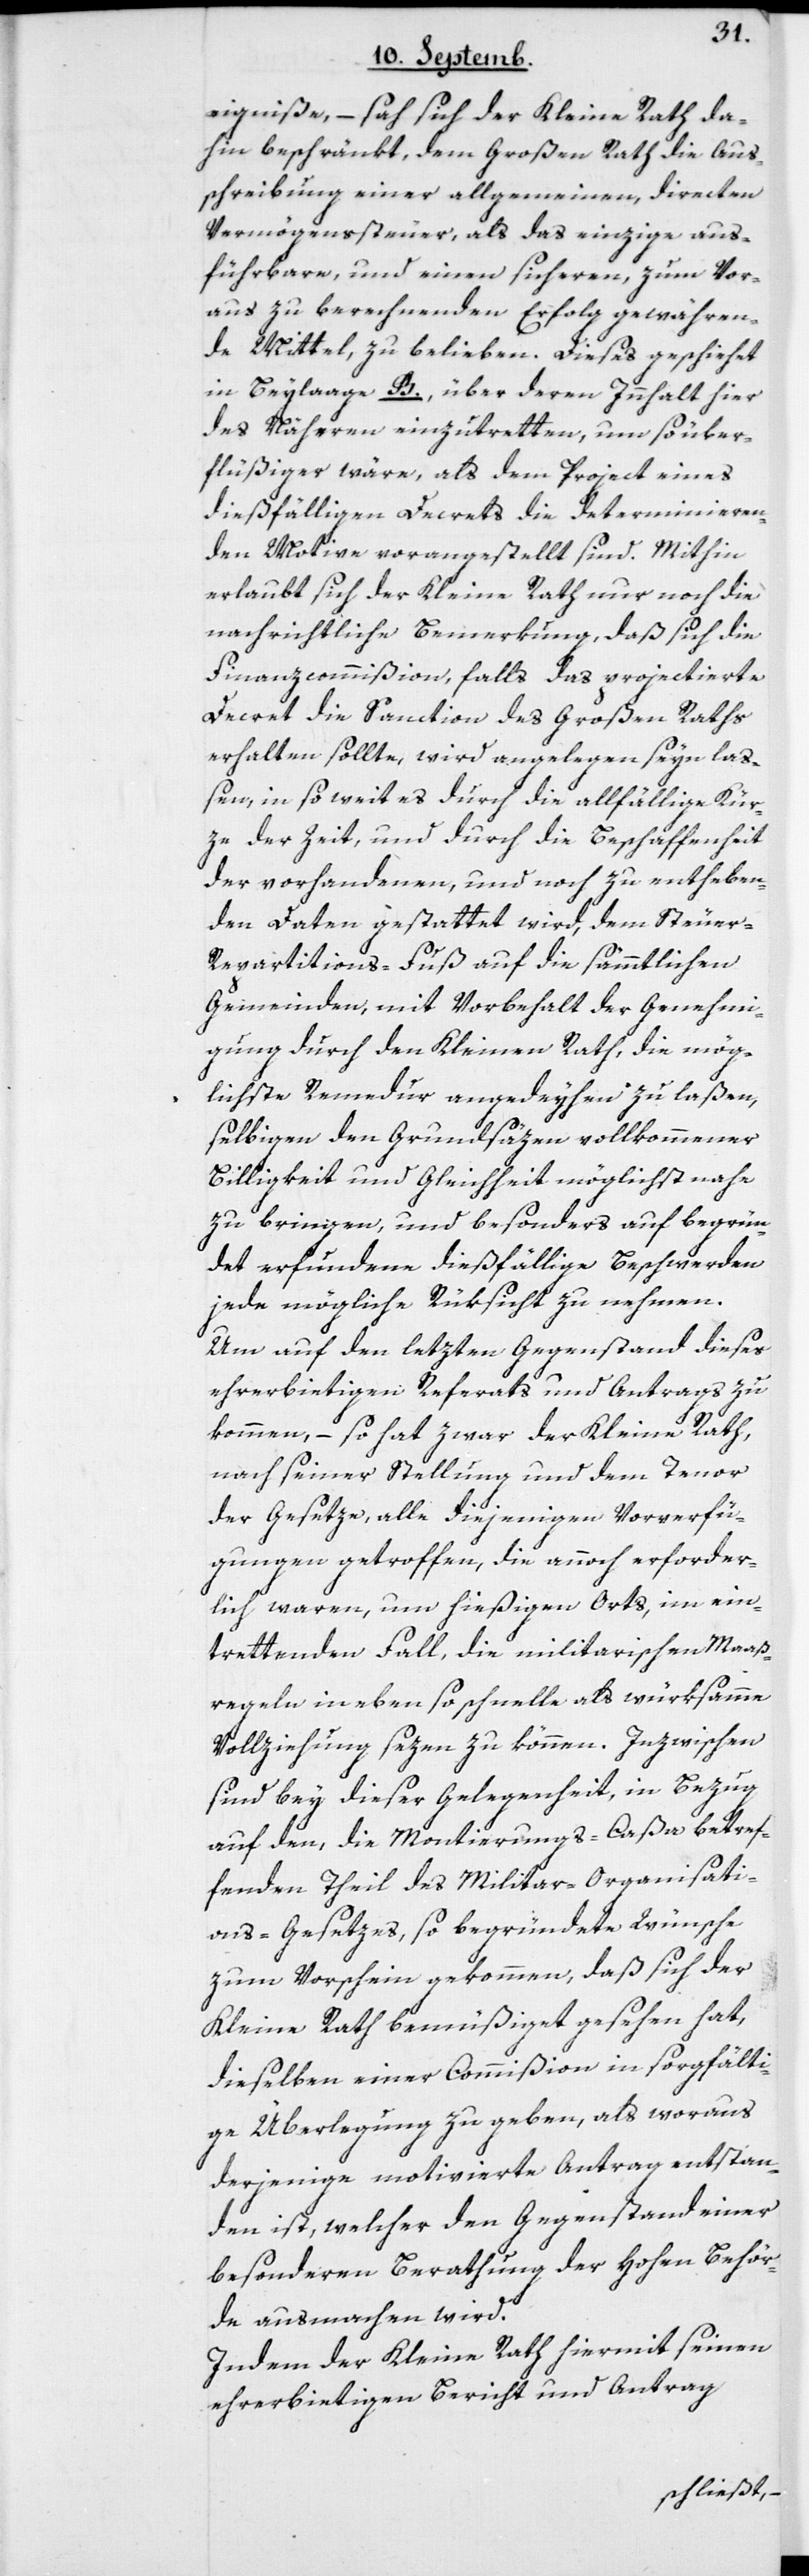
eigniße, – sah sich der Kleine Rath da¬
hin beschränkt, dem Großen Rath die Aus¬
schreibung einer allgemeinen, directen
Vermögenssteuer, als das einzige aus¬
führbare, und einen sicheren, zum Vor¬
aus zu berechnenden Erfolg gewähren¬
de Mittel, zu belieben. Dieses geschieht
in Beylage B., über deren Innhalt hier
des näheren einzutretten, umso über¬
flüßiger wäre, als dem Project eines
dießfälligen Decrets die determinieren¬
den Motive vorangestellt sind. Mithin
erlaubt sich der Kleine Rath nur noch die
nachrichtliche Bemerkung, daß sich die
Finanzcommißion, falls das projectierte
Decret die Sanction des Großen Raths
erhalten sollte, wird angelegen seyn laß¬
en, in so weit es durch die allfällige Kür¬
ze der Zeit, und durch die Beschaffenheit
der vorhandenen und noch zu entheben¬
den Daten gestattet wird, dem Steuer-R¬
epartitions-Fuß auf die sämmtlichen
Gemeinden, mit Vorbehalt der Genehmi¬
gung durch den Kleinen Rath, die mög¬
lichste Remedur angedeyhen zu laßen,
selbigen den Grundsätzen vollkommener
Billigkeit und Gleicheit möglichst nahe
zu bringen, und besonders auf begrün¬
det erfundene dießfällige Beschwerden
jede mögliche Rüksicht zu nehmen.
Um auf den letzten Gegenstand dieses
ehrerbietigen Referats und Antrags zu
kommen, – so hat zwar der Kleine Rath,
nach seiner Stellung und dem Tenor
der Gesetze, alle diejenigen Vorverfü¬
gungen getroffen, die annoch erforder¬
lich waren, um hießigen Orts, im ein¬
trettenden Fall, die militarischen Maaß¬
regeln in eben so schnelle als würksamme
Vollziehung sezen zu können. Inzwischen
sind bey dieser Gelegenheit, in Bezug
auf den, die Montierungs-Caßa betref¬
fenden Theil des Militar-Organisati¬
ons-Gesetzes, so begründete Wünsche
zum Vorschein gekommen, daß sich der
Kleine Rath bemüßiget gesehen hat,
dieselben einer Commißion in sorgfälti¬
ge Überlegung zu geben, als woraus
derjenige motivierte Antrag entstan¬
den ist, welcher den Gegenstand einer
besonderen Berathung der hohen Behör¬
de ausmachen wird.
Indem der Kleine Rath hiermit seinen
ehrerbietigen Bericht und Antrag